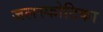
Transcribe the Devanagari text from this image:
जलस्फोटिका